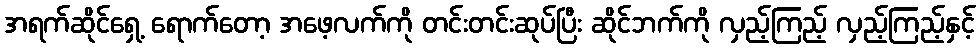
အရက်ဆိုင်ရှေ့ ရောက်တော့ အဖေ့လက်ကို တင်းတင်းဆုပ်ပြီး ဆိုင်ဘက်ကို လှည့်ကြည့် လှည့်ကြည့်နှင့်